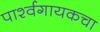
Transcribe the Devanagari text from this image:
पार्श्वगायकचा